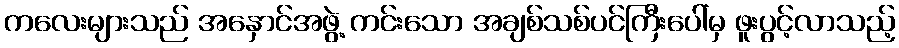
ကလေးများသည် အနှောင်အဖွဲ့ ကင်းသော အချစ်သစ်ပင်ကြီးပေါ်မှ ဖူးပွင့်လာသည့်